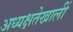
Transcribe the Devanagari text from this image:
अध्यक्षतेखालीं